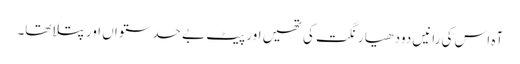
آہ اس کی رانیں دودھیا رنگت کی تھیں اور پیٹ بے حد ستواں اور پتلا تھا۔